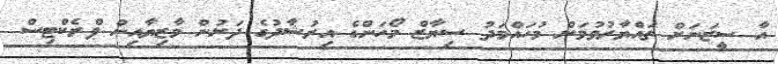
އާ ސީޒަނަށް ތައްޔާރުވުމަށް މުހައްމަދު ސިޔާޒް މޯހަންގެ އިރުޝާދުގެ ދަށުން މާޒިޔާއިން ޕްރެކްޓިސް